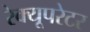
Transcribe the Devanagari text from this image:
रेक्यूपरेटर